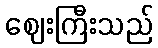
ဈေးကြီးသည်